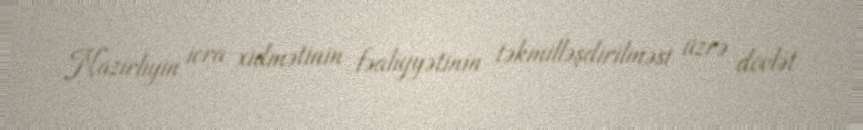
Nazirliyin icra xidmətinin fəaliyyətinin təkmilləşdirilməsi üzrə dövlət